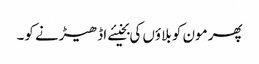
پھر مون کو بلاؤں کی بخیئے اڈھیڑنے کو۔